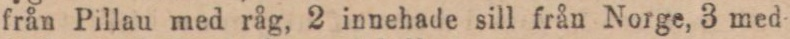
från Pillau med råg, 2 innehade sill från Norge, 3 med-